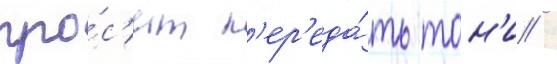
про́с'ит п'ер'еда́ть тон'и /